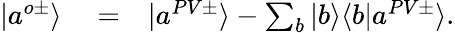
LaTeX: \begin{array}{rlr}{|a^{o\pm}\rangle}&{{}=}&{|a^{PV\pm}\rangle-\sum_{b}|b\rangle\langle b|a^{PV\pm}\rangle.}\end{array}